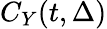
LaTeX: C_{Y}(t,\Delta)